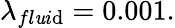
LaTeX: \lambda_{fl\mathit{u}i\mathrm{d}}=0.001.